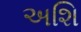
અશિ